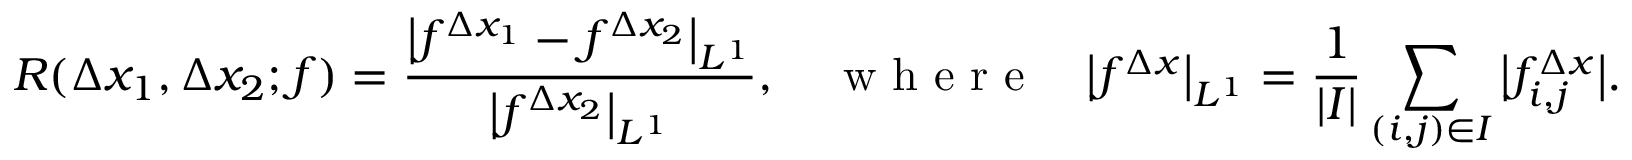
R ( \Delta x _ { 1 } , \Delta x _ { 2 } ; f ) = \frac { \big | f ^ { \Delta x _ { 1 } } - f ^ { \Delta x _ { 2 } } \big | _ { L ^ { 1 } } } { \big | f ^ { \Delta x _ { 2 } } \big | _ { L ^ { 1 } } } , \quad \textrm { w h e r e } \quad \big | f ^ { \Delta x } \big | _ { L ^ { 1 } } = \frac { 1 } { | I | } \sum _ { ( i , j ) \in I } \big | f _ { i , j } ^ { \Delta x } \big | .